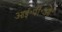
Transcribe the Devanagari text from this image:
आई॰पी॰ओ॰